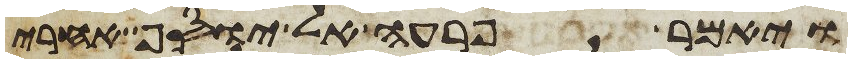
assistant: ויאמר פרעה אל יוסף אחרי